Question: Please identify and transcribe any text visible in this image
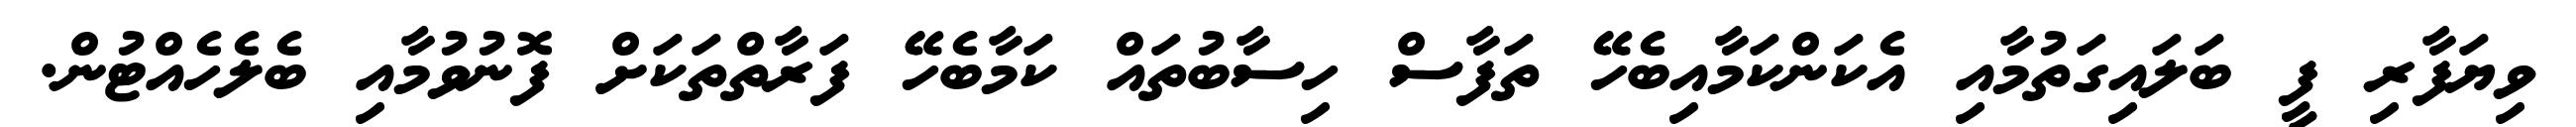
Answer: ވިޔަފާރި ފީ ބަލައިގަތުމާއި އެކަންކަމާއިބެހޭ ތަފާސް ހިސާބުތައް ކަމާބެހޭ ފަރާތްތަކަށް ފޮނުވުމާއި ބެލެހެއްޓުން.